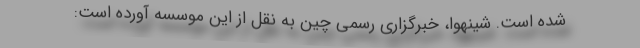
شده است. شینهوا، خبرگزاری رسمی چین به نقل از این موسسه آورده است: